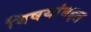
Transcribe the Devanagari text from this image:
विषयांबद्दल